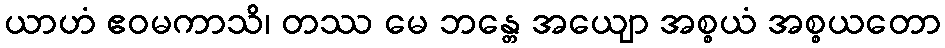
ယာဟံ ဧဝမကာသိ၊ တဿ မေ ဘန္တေ အယျော အစ္စယံ အစ္စယတော